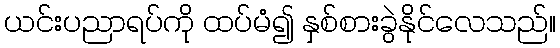
ယင်းပညာရပ်ကို ထပ်မံ၍ နှစ်စားခွဲနိုင်လေသည်။